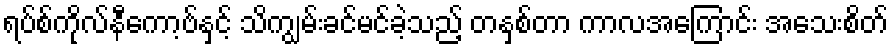
ရပ်စ်ကိုလ်နီကော့ဗ်နှင့် သိကျွမ်းခင်မင်ခဲ့သည့် တနှစ်တာ ကာလအကြောင်း အသေးစိတ်